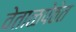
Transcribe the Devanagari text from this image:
वेताळपेठेत